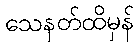
သေနတ်ထိမှန်